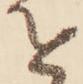
を